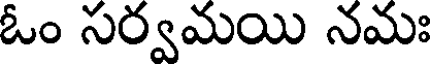
ఓం సర్వమయి నమః